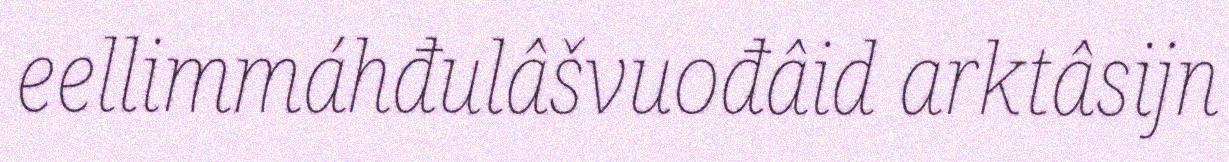
eellimmáhđulâšvuođâid arktâsijn